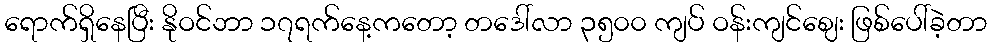
ရောက်ရှိနေပြီး နိုဝင်ဘာ ၁၇ရက်နေ့ကတော့ တဒေါ်လာ ၃၅၀၀ ကျပ် ဝန်းကျင်ဈေး ဖြစ်ပေါ်ခဲ့တာ